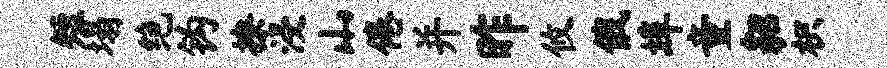
短塌绝钩撩浸山倦并昨攸俄埠童貂枳